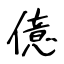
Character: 億